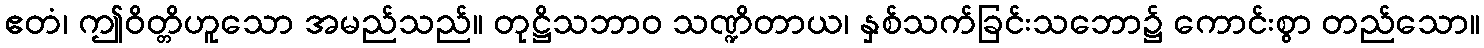
ဧတံ၊ ဤဝိတ္တိဟူသော အမည်သည်။ တုဋ္ဌိသဘာဝ သဏ္ဍိတာယ၊ နှစ်သက်ခြင်းသဘော၌ ကောင်းစွာ တည်သော။